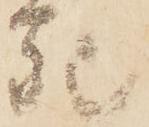
死